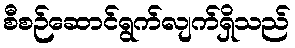
စီစဉ်ဆောင်ရွက်လျက်ရှိသည်